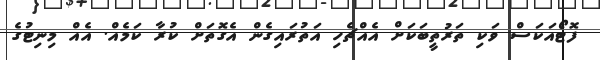
ފޮޓޯއަކަސް ވަކި ތަރުތީބަކަށް އެއްޗެހި އަތުރައިގެން އެގޮތަށް ކުރާ ކަމެއް. އެއް މިނިޓުގެ